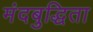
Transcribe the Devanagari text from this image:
मंदबुद्धिता